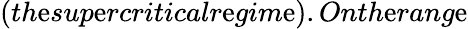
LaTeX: (th\mathrm{e}sup\mathrm{e}rcriticalr\mathrm{e}gim\mathrm{e}).Onth\mathrm{e}rang\mathrm{e}